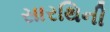
સારથિની